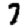
Digit: 7